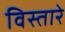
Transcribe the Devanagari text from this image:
विस्तारे